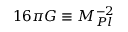
1 6 \pi G \equiv M _ { P l } ^ { - 2 }